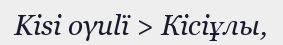
Kisi oγulï > Кісіұлы,